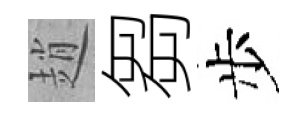
趙芻步